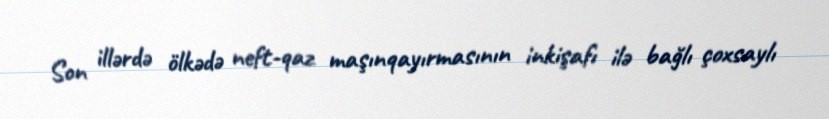
Son illərdə ölkədə neft-qaz maşınqayırmasının inkişafı ilə bağlı çoxsaylı